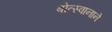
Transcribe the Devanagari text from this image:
बोत्स्वानाने